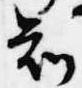
知